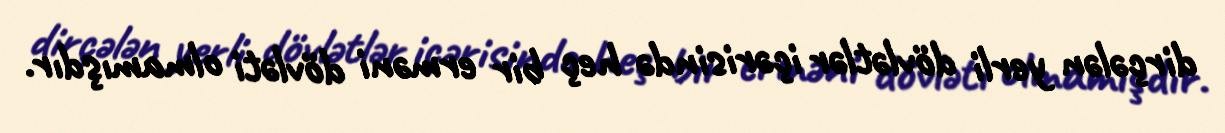
dirçələn yerli dövlətlər içərisində heç bir erməni dövləti olmamışdır.